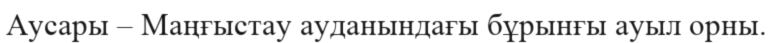
Аусары – Маңғыстау ауданындағы бұрынғы ауыл орны.